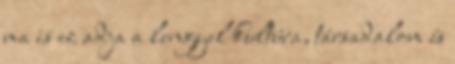
ma is ez adja a lengyel kultúra, társadalom és